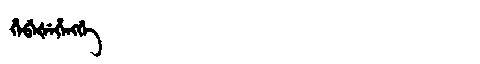
Manchu: ᡥᡝᠪᡝᡧᡝᡥᡝᠩᡤᡝ
Romanization: HEBEŠEHENGGE